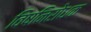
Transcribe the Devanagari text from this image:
विषनिरोधक